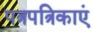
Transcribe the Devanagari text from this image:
पत्रपत्रिकाएं